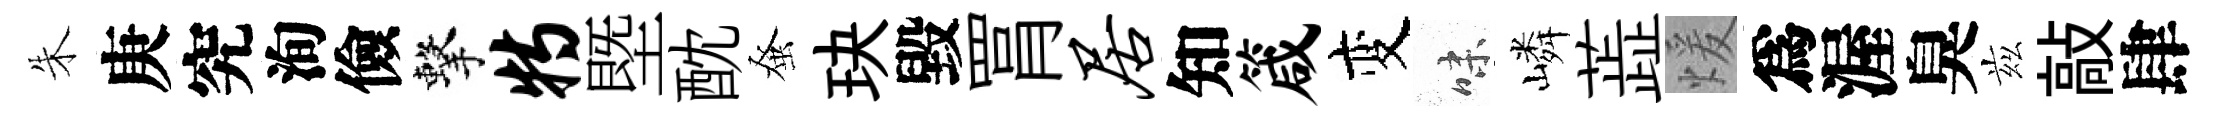
朱庚究洵儉擊特塈酖𫊫玦毀罥居知箴变味嶙蕋煖爲渥臭兹敲肆